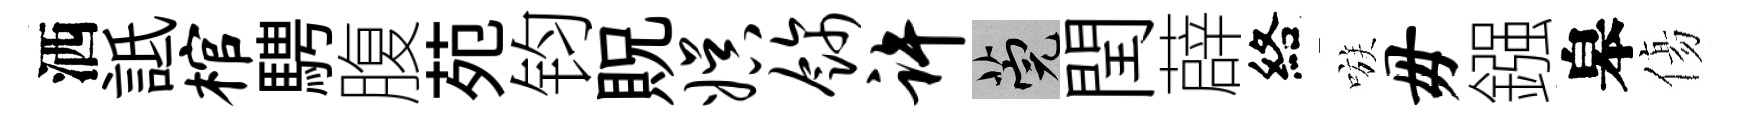
洒詆棺騁腹苑钧貺娱饰许筦閏薜絡嗾毋鏹皋傷